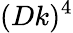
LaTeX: (Dk)^{4}